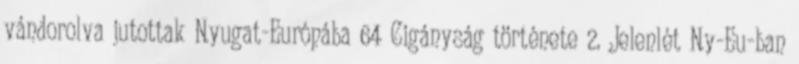
vándorolva jutottak Nyugat-Európába 64 Cigányság története 2. Jelenlét Ny-Eu-ban